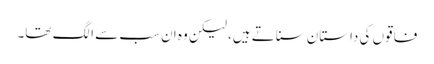
فاقوں کی داستان سناتے ہیں، لیکن وہ ان سب سے الگ تھا۔